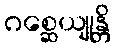
ဂစ္ဆေယျုန္တိ